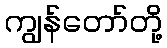
ကျွန်တော်တို့